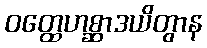
ဝတ္ထေဟစ္ဆာဒယိတွာန